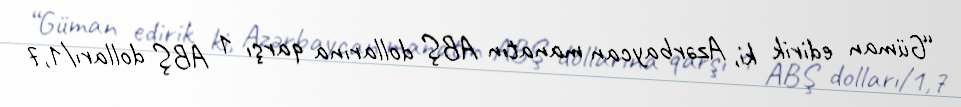
“Güman edirik ki, Azərbaycan manatın ABŞ dollarına qarşı 1 ABŞ dolları/1,7